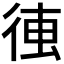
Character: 𰐰